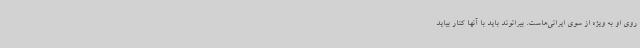
روی او به ویژه از سوی ایرانی‌هاست. بیرانوند باید با آنها کنار بیاید